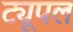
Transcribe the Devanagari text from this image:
ट्यूपल